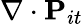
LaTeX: \nabla\cdot\mathbf{P}_{it}